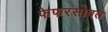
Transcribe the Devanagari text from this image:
फेफरसोबत